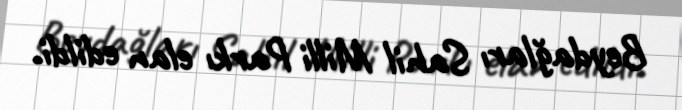
Beydağları Sahil Milli Parkı elan edildi.